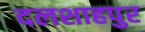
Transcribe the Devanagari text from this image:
दलशाहपुर